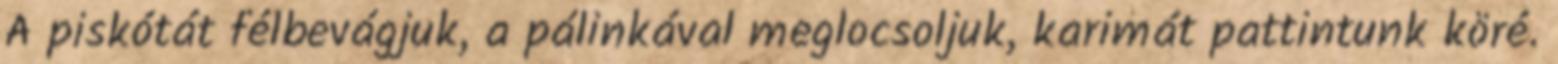
A piskótát félbevágjuk, a pálinkával meglocsoljuk, karimát pattintunk köré.